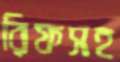
রিফসহ